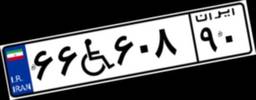
۶۶W۶۰۸۹۰